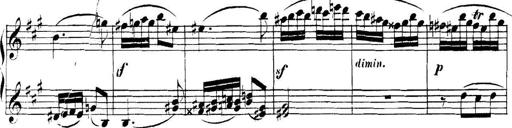
Title: Collected Piano Sonatas
Composer: Muzio Clementi